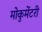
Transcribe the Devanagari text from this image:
मोकुमेंटरी